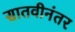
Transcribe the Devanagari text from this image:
सातवीनंतर